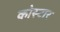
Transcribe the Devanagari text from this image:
कोस्टार